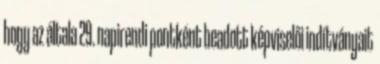
hogy az általa 29. napirendi pontként beadott képviselői indítványait